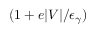
( 1 + e | V | / \epsilon _ { \gamma } )